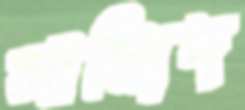
সায়্যিদ